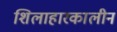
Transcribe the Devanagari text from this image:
शिलाहारकालीन